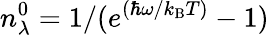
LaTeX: n_{\lambda}^{0}=1/(e^{(\hbar\omega/k_{\mathrm{B}}T)}-1)